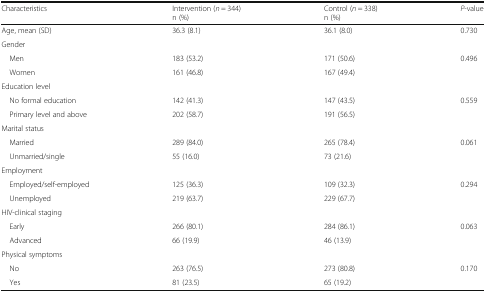
<table><thead><tr><td><b>Characteristics</b></td><td><b>Intervention (<i>n</i> = 344)n (%)</b></td><td><b>Control (<i>n</i> = 338)n (%)</b></td><td><b><i>P</i>-value</b></td></tr></thead><tbody><tr><td>Age, mean (SD)</td><td>36.3 (8.1)</td><td>36.1 (8.0)</td><td>0.730</td></tr><tr><td colspan="4">Gender</td></tr><tr><td> Men</td><td>183 (53.2)</td><td>171 (50.6)</td><td>0.496</td></tr><tr><td> Women</td><td>161 (46.8)</td><td>167 (49.4)</td><td>[EMPTY_CELL]</td></tr><tr><td colspan="4">Education level</td></tr><tr><td> No formal education</td><td>142 (41.3)</td><td>147 (43.5)</td><td>0.559</td></tr><tr><td> Primary level and above</td><td>202 (58.7)</td><td>191 (56.5)</td><td>[EMPTY_CELL]</td></tr><tr><td colspan="4">Marital status</td></tr><tr><td> Married</td><td>289 (84.0)</td><td>265 (78.4)</td><td>0.061</td></tr><tr><td> Unmarried/single</td><td>55 (16.0)</td><td>73 (21.6)</td><td>[EMPTY_CELL]</td></tr><tr><td colspan="4">Employment</td></tr><tr><td> Employed/self-employed</td><td>125 (36.3)</td><td>109 (32.3)</td><td>0.294</td></tr><tr><td> Unemployed</td><td>219 (63.7)</td><td>229 (67.7)</td><td>[EMPTY_CELL]</td></tr><tr><td colspan="4">HIV-clinical staging</td></tr><tr><td> Early</td><td>266 (80.1)</td><td>284 (86.1)</td><td>0.063</td></tr><tr><td> Advanced</td><td>66 (19.9)</td><td>46 (13.9)</td><td>[EMPTY_CELL]</td></tr><tr><td colspan="4">Physical symptoms</td></tr><tr><td> No</td><td>263 (76.5)</td><td>273 (80.8)</td><td>0.170</td></tr><tr><td> Yes</td><td>81 (23.5)</td><td>65 (19.2)</td><td>[EMPTY_CELL]</td></tr></tbody></table>